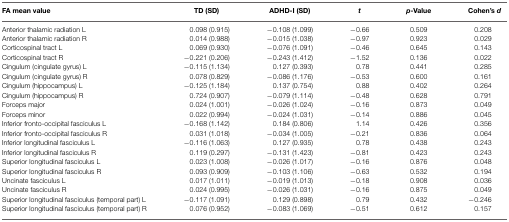
<table><thead><tr><td><b>FA mean value</b></td><td><b>TD (SD)</b></td><td><b>ADHD-I (SD)</b></td><td><b><i>t</i></b></td><td><b><i>p</i>-Value</b></td><td><b>Cohen’s <i>d</i></b></td></tr></thead><tbody><tr><td>Anterior thalamic radiation L</td><td>0.098 (0.915)</td><td>−0.108 (1.099)</td><td>−0.66</td><td>0.509</td><td>0.208</td></tr><tr><td>Anterior thalamic radiation R</td><td>0.014 (0.988)</td><td>−0.015 (1.038)</td><td>−0.97</td><td>0.923</td><td>0.029</td></tr><tr><td>Corticospinal tract L</td><td>0.069 (0.930)</td><td>−0.076 (1.091)</td><td>−0.46</td><td>0.645</td><td>0.143</td></tr><tr><td>Corticospinal tract R</td><td>−0.221 (0.206)</td><td>−0.243 (1.412)</td><td>−1.52</td><td>0.136</td><td>0.022</td></tr><tr><td>Cingulum (cingulate gyrus) L</td><td>−0.115 (1.134)</td><td>0.127 (0.393)</td><td>0.78</td><td>0.441</td><td>0.285</td></tr><tr><td>Cingulum (cingulate gyrus) R</td><td>0.078 (0.829)</td><td>−0.086 (1.176)</td><td>−0.53</td><td>0.600</td><td>0.161</td></tr><tr><td>Cingulum (hippocampus) L</td><td>−0.125 (1.184)</td><td>0.137 (0.754)</td><td>0.88</td><td>0.402</td><td>0.264</td></tr><tr><td>Cingulum (hippocampus) R</td><td>0.724 (0.907)</td><td>−0.079 (1.114)</td><td>−0.48</td><td>0.628</td><td>0.791</td></tr><tr><td>Forceps major</td><td>0.024 (1.001)</td><td>−0.026 (1.024)</td><td>−0.16</td><td>0.873</td><td>0.049</td></tr><tr><td>Forceps minor</td><td>0.022 (0.994)</td><td>−0.024 (1.031)</td><td>−0.14</td><td>0.886</td><td>0.045</td></tr><tr><td>Inferior fronto-occipital fasciculus L</td><td>−0.168 (1.142)</td><td>0.184 (0.806)</td><td>1.14</td><td>0.426</td><td>0.356</td></tr><tr><td>Inferior fronto-occipital fasciculus R</td><td>0.031 (1.018)</td><td>−0.034 (1.005)</td><td>−0.21</td><td>0.836</td><td>0.064</td></tr><tr><td>Inferior longitudinal fasciculus L</td><td>−0.116 (1.063)</td><td>0.127 (0.935)</td><td>0.78</td><td>0.438</td><td>0.243</td></tr><tr><td>Inferior longitudinal fasciculus R</td><td>0.119 (0.297)</td><td>−0.131 (1.423)</td><td>−0.81</td><td>0.423</td><td>0.243</td></tr><tr><td>Superior longitudinal fasciculus L</td><td>0.023 (1.008)</td><td>−0.026 (1.017)</td><td>−0.16</td><td>0.876</td><td>0.048</td></tr><tr><td>Superior longitudinal fasciculus R</td><td>0.093 (0.909)</td><td>−0.103 (1.106)</td><td>−0.63</td><td>0.532</td><td>0.194</td></tr><tr><td>Uncinate fasciculus L</td><td>0.017 (1.011)</td><td>−0.019 (1.013)</td><td>−0.18</td><td>0.908</td><td>0.036</td></tr><tr><td>Uncinate fasciculus R</td><td>0.024 (0.995)</td><td>−0.026 (1.031)</td><td>−0.16</td><td>0.875</td><td>0.049</td></tr><tr><td>Superior longitudinal fasciculus (temporal part) L</td><td>−0.117 (1.091)</td><td>0.129 (0.898)</td><td>0.79</td><td>0.432</td><td>−0.246</td></tr><tr><td>Superior longitudinal fasciculus (temporal part) R</td><td>0.076 (0.952)</td><td>−0.083 (1.069)</td><td>−0.51</td><td>0.612</td><td>0.157</td></tr></tbody></table>